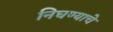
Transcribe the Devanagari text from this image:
निघण्याचे